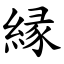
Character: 縁